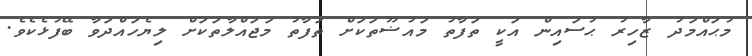
މުޙައްމަދު ޒާހިރު ޙުސައިން އަކީ ތަފާތު މައުޟޫތަކަށް ތަފާތު މަޖައްލާތަކަށް ލިޔެހައްދަވާ ބޭފުޅެކެވެ.